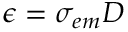
\epsilon = \sigma _ { e m } D